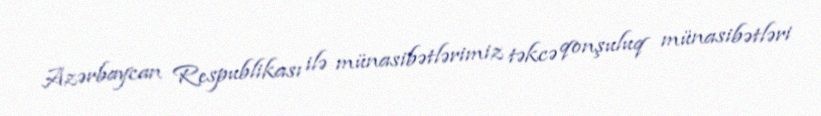
Azərbaycan Respublikası ilə münasibətlərimiz təkcə qonşuluq münasibətləri